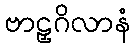
ဗာဠှဂိလာနံ